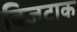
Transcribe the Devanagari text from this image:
बिज़टाक